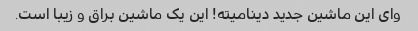
وای این ماشین جدید دینامیته! این یک ماشین براق و زیبا است.